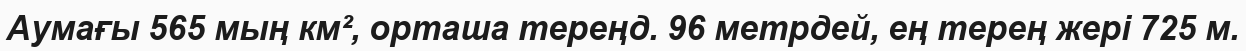
Аумағы 565 мың км², орташа тереңд. 96 метрдей, ең терең жері 725 м.